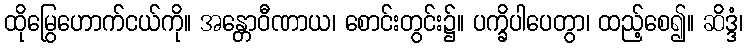
ထိုမြွေဟောက်ငယ်ကို။ အန္တောဝီဏာယ၊ စောင်းတွင်း၌။ ပက္ခိပါပေတွာ၊ ထည့်စေ၍။ ဆိဒ္ဒံ၊